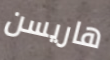
هاريسن